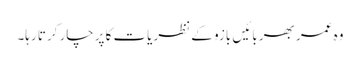
وہ عمر بھر بائیں بازو کے نظریات کا پرچار کرتا رہا۔